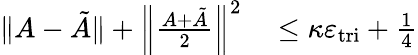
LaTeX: \begin{array}{rl}{\| A-\tilde{A}\| +\left\| \frac{A+\tilde{A}}{2}\right\| ^{2}}&{{}\leq\kappa\varepsilon_{\mathrm{tri}}+\frac{1}{4}}\end{array}